Black-water fever - Number 35
Disease focus: Fever
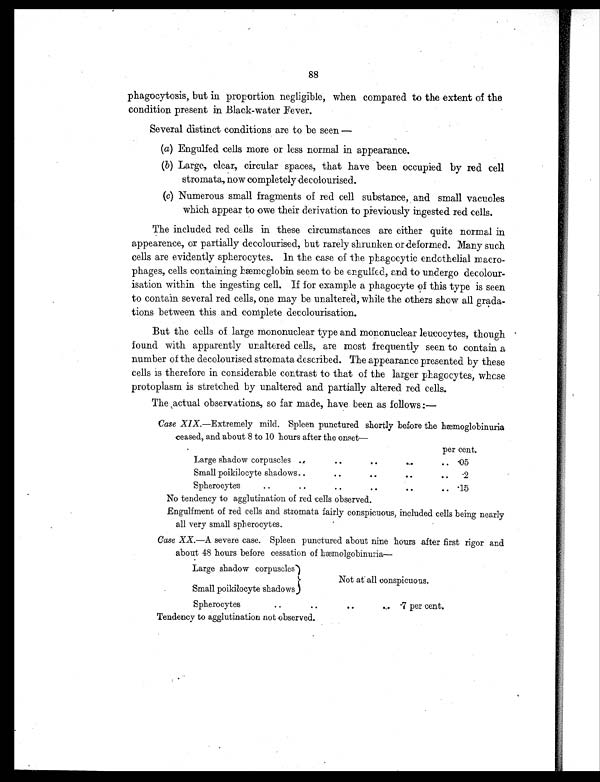
88
phagocytosis, but in proportion negligible, when compared to the extent of the
condition present in Black-water Fever.
Several distinct conditions are to be seen—
(a) Engulfed cells more or less normal in appearance.
(b) Large, clear, circular spaces, that have been occupied by red cell
stromata, now completely decolourised.
(c) Numerous small fragments of red cell substance, and small vacuoles
which appear to owe their derivation to previously ingested red cells.
The included red cells in these circumstances are either quite normal in
appearence, or partially decolourised, but rarely shrunken or deformed. Many such
cells are evidently spherocytes. In the case of the phagocytic endothelial macro-
phages, cells containing hæmoglobin seem to be engulfed, and to undergo decolour-
isation within the ingesting cell. If for example a phagocyte of this type is seen
to contain several red cells, one may be unaltered, while the others show all grada-
tions between this and complete decolourisation.
But the cells of large mononuclear type and mononuclear leucocytes, though
found with apparently unaltered cells, are most frequently seen to contain a
number of the decolourised stromata described. The appearance presented by these
cells is therefore in considerable contrast to that of the larger phagocytes, whose
protoplasm is stretched by unaltered and partially altered red cells.
The actual observations, so far made, have been as follows:—
Case XIX.—Extremely mild. Spleen punctured shortly before the hæmoglobinuria
ceased, and about 8 to 10 hours after the onset—
per cent.
Large shadow corpuscles
. .
. .
. .
. .
. .
.05
Small poikilocyte shadows
. .
. .
. .
. .
. .
.2
Spherocytes
..
. .
. .
. .
. .
. .
. 1 5
No tendency to agglutination of red cells observed.
Engulfment of red cells and stromata fairly conspicuous, included cells being nearly
all very small spherocytes.
Case XX.—A severe case. Spleen punctured about nine hours after first rigor and
about 48 hours before cessation of hæmolgobinuria
—
Large shadow corpuscles
Not at all conspicuous.
Small poikilocyte shadows
Spherocytes
..
. .
. .
. . .7 per cent.
Tendency to agglutination not observed.